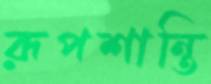
রূপশান্তি